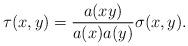
LaTeX: \begin{align*}\tau(x,y) = \frac{a(xy)}{a(x)a(y)}\sigma(x,y).\end{align*}